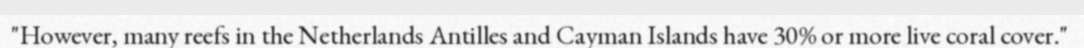
"However, many reefs in the Netherlands Antilles and Cayman Islands have 30% or more live coral cover."